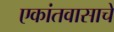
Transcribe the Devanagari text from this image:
एकांतवासाचे